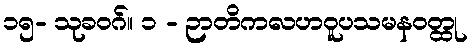
၁၅- သုခဝဂ်။ ၁ - ဉာတိကလဟဝူပသမနဝတ္ထု